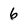
Character: 6